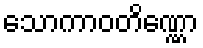
သောကာဝတိဏ္ဏော